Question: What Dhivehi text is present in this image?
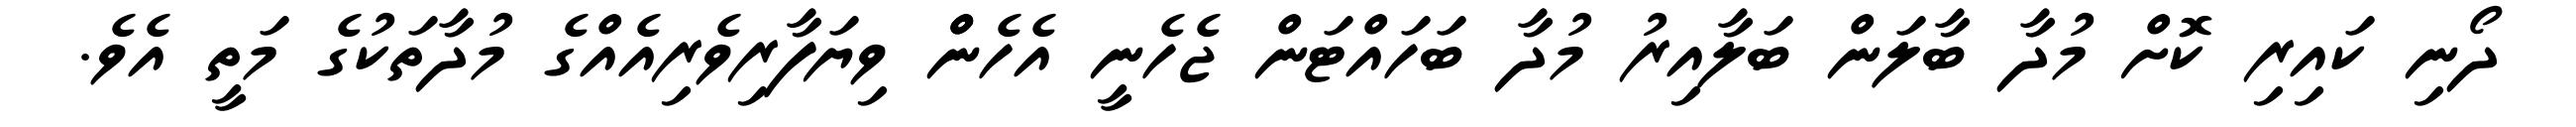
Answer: ދޯނި ކައިރި ކޮށް މުދާ ބާލަން ބަލާއިރު މުދާ ބަހައްޓަން ޖެހެނީ އެހެންް ވިޔަފާރިވެރިއެއްގެ މުދާތަކުގެ މަތީ އެވެ.